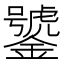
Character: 𲇦